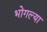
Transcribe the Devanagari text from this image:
भोगल्या